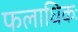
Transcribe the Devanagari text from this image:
फलाधिकः